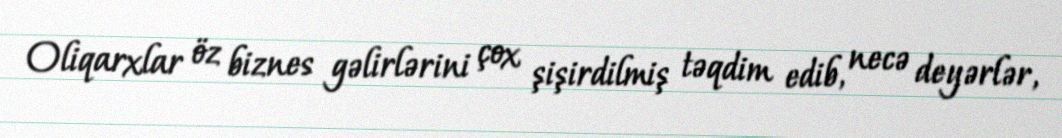
Oliqarxlar öz biznes gəlirlərini çox şişirdilmiş təqdim edib, necə deyərlər,